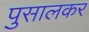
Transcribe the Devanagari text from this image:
पुसालकर